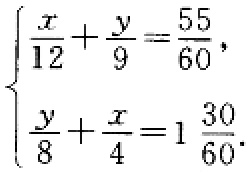
$\begin{cases}\frac{x}{12}+\frac{y}{9}=\frac{55}{60},\\\frac{y}{8}+\frac{x}{4}=1\frac{30}{60}.\end{cases}$